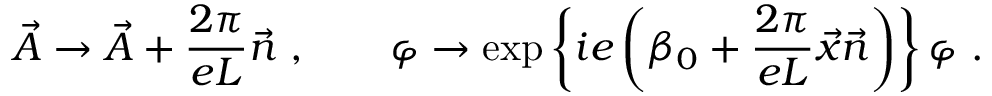
\vec { A } \to \vec { A } + \frac { 2 \pi } { e L } \vec { n } \ , \qquad \varphi \to \exp \left\{ i e \left( \beta _ { 0 } + \frac { 2 \pi } { e L } \vec { x } \vec { n } \right) \right\} \varphi \ .